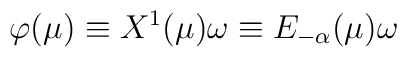
\varphi (\mu) \equiv X^1 (\mu) \omega \equiv E_{- \alpha} (\mu) \omega